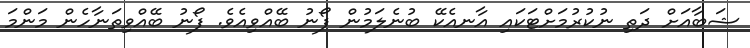
ޝަބާއަށް ދަތި ނުކުރުމަށްޓަކައި އާނއެކޭ ބުނެލަމުން ފޯނު ބޭއްވިއެވެ. ފޯނު ބޭއްވިތަނާހެން މަންމަ